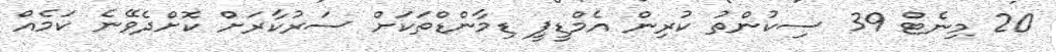
20 މިނެޓް 39 ސިކުންތު ކުރިން އެމްޑީޕީ ޑިމާންޑްތަކަށް ސަރުކާރަށް ކޮށްދެވޭނެ ކަމެއް